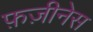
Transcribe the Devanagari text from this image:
फ़ज़ीनेस